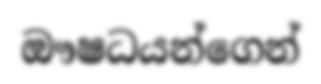
ඖෂධයන්ගෙන්